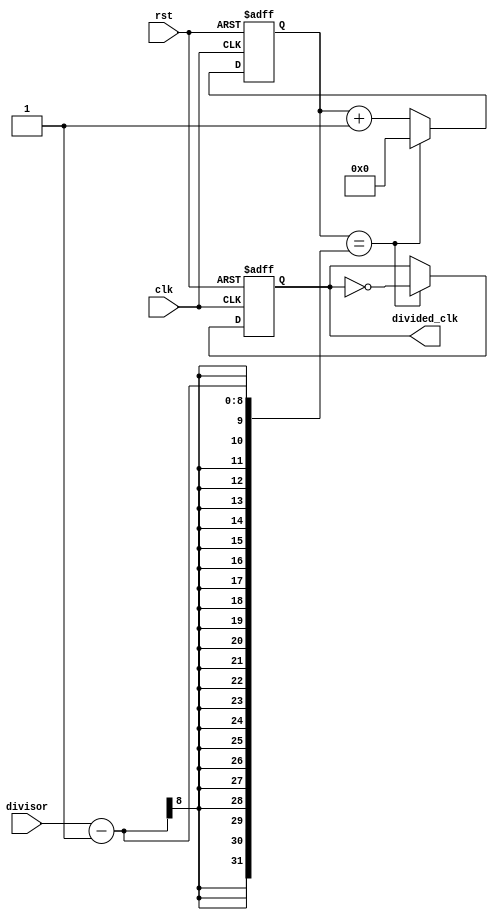
module clock_divider(
    input wire clk,
    input wire rst,
    input wire [7:0] divisor,
    output reg divided_clk
);

reg [7:0] count;

always @(posedge clk or posedge rst) begin
    if (rst) begin
        count <= 8'h00;
        divided_clk <= 1'b0;
    end else begin
        if (count == divisor - 1) begin
            count <= 8'h00;
            divided_clk <= ~divided_clk;
        end else begin
            count <= count + 1;
        end
    end
end

endmodule